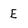
Character: E